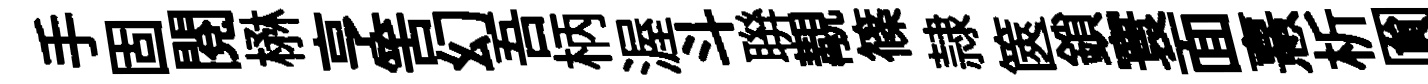
手固閲楙亨筈幻吾柄渥斗聨覯篠隷篋鎖寰面憙析圎